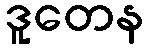
ဒူတေန